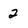
Character: 2